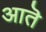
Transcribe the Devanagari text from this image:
आतॆ